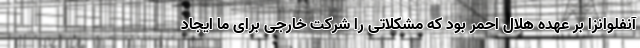
آنفلوانزا بر عهده هلال احمر بود که مشکلاتی را شرکت خارجی برای ما ایجاد